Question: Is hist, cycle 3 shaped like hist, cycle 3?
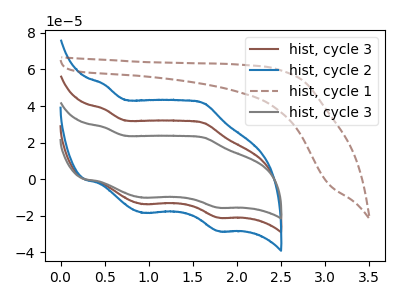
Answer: <think>The brown curve "hist, cycle 3" has anodic peaks at (0.50V, 38.40uA) (1.65V, 30.65uA) and cathodic peaks at (0.95V, -13.60uA) (1.80V, -20.95uA). The blue curve "hist, cycle 2" has anodic peaks at (0.50V, 76.75uA) (1.65V, 61.25uA) and cathodic peaks at (0.95V, -27.15uA) (1.80V, -41.90uA). The brown dashed curve "hist, cycle 1" has no peaks. The gray curve "hist, cycle 3" has anodic peaks at (0.50V, 28.40uA) (1.65V, 22.65uA) and cathodic peaks at (0.95V, -10.05uA) (1.80V, -15.50uA).
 All the peaks in "hist, cycle 3" have a peak in "hist, cycle 3" at the same potential. Every peak in "hist, cycle 3" is lower than every peak in "hist, cycle 3".</think>
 <answer>"hist, cycle 3" and "hist, cycle 3" are similar in shape.</answer>
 <eval>same_shape</eval>